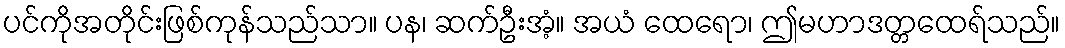
ပင်ကိုအတိုင်းဖြစ်ကုန်သည်သာ။ ပန၊ ဆက်ဦးအံ့။ အယံ ထေရော၊ ဤမဟာဒတ္တထေရ်သည်။